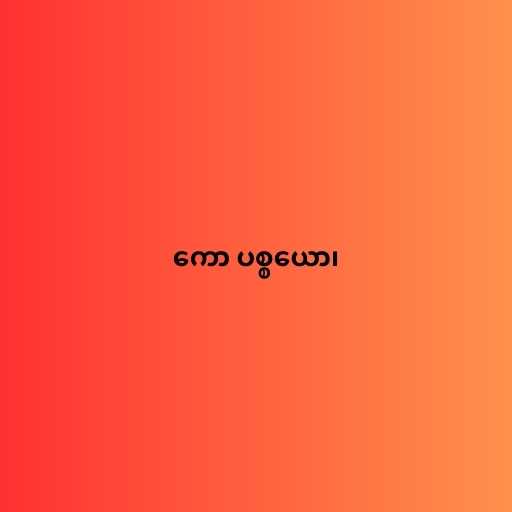
ကော ပစ္စယော၊